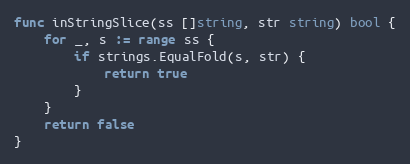
Language: Go
func inStringSlice(ss []string, str string) bool {
	for _, s := range ss {
		if strings.EqualFold(s, str) {
			return true
		}
	}
	return false
}